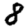
Digit: 8